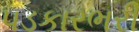
પડકારભરી